Account of plague administration in the Bombay Presidency from September 1896 till May 1897
Year: 1896
Disease focus: Plague
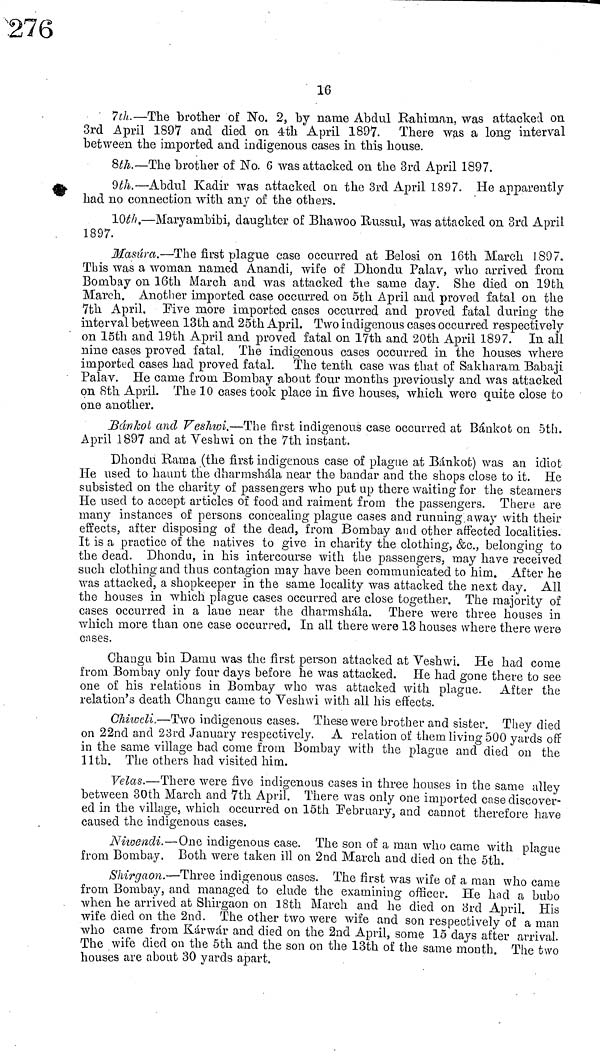
16
7th.—The brother of No. 2, by name Abdul Rahinian, was attacked on
3rd April 1897 and died on 4th April 1897.
There was a long interval
between the imported and indigenous cases in this house.
8th.—The brother of No. 6 was attacked on the 3rd April 1897.
9th.—Abdul Kadir was attacked on the 3rd April 1897. He apparently
had no connection with any of the others.
10th.—Maryambibi, daughter of Bhawoo Russul, was attacked on 3rd April
1897.
Masúra.—The first plague case occurred at Belosi on 16th March 1897.
This was a woman named Anandi, wife of Dhondu Palav, who arrived from
Bombay on 16th March and was attacked the same day. She died on 19th
March. Another imported case occurred on 5th April and proved fatal on the
7th April. Five more imported cases occurred and proved fatal during the
interval between 13th and 25th April. Two indigenous cases occurred respectively
on 15th and 19th April and proved fatal on 17th and 20th April 1897. In all
nine cases proved fatal. The indigenous cases occurred in the houses where
imported cases had proved fatal. The tenth case was that of Sakharani Babaji
Palav. He came from Bombay about four months previously and was attacked
on 8th April. The 10 cases took place in five houses, which were quite close to
one another.
Bánkot and Veshwi.—The first indigenous case occurred at Bánkofc on 5th.
April 1897 and at Veshwi on the 7th instant.
Dhondu Kama (the first indigenous case of plague at Bánkot) was an idiot
He used to haunt the dharmshála near the bandar and the shops close to it. He
subsisted on the charity of passengers who put up there waiting for the steamers
He used to accept articles of food and raiment from the passengers. There are
many instances of persons concealing plague cases and running, away with their
effects, after disposing of the dead, from Bombay and other affected localities.
It is a practice of the natives to give in charity the clothing, &c., belonging to
the dead. Dhondu, in his intercourse with the passengers, may have received
such clothing and thus contagion may have been communicated to him. After he
was attacked, a shopkeeper in the same locality was attacked the next day. All
the houses in which plague cases occurred are close together. The majority of
cases occurred in a lane near the dharmshála. There were three houses in
which more than one case occurred. In all there were 13 houses where there were
cases.
Changu bin Damn was the first person attacked at Veshwi. He had come
from Bombay only four days before he was attacked. He had gone there to see
one of his relations in Bombay who was attacked with plague. After the
relation's death Changu came to Veshwi with all his effects.
Chiiocli.—Two indigenous cases. These were brother and sister. They died
on 22nd and 23rd January respectively. A relation of them living 500 yards off
in the same village had come from Bombay with the plague and died on the
11th. The others had visited him.
Velas.—There were five indigenous cases in three houses in the same alley
between 30th March and 7th April. There was only one imported case discover-
ed in the village, which occurred on 15th February, and cannot therefore have
caused the indigenous cases.
Niwendi.—One indigenous case. The son of a man who came with plague
from Bombay. Both were taken ill on 2nd March and died on the 5th.
Shirgaon.—Three indigenous cases. The first was wife of a man who came
from Bombay, and managed to elude the examining officer. He had a bubo
when he arrived at Shirgaon on 18th March and he died on ¿3rd April. His
wife died on the 2nd. The other two were wife and son respectively of a man
who came from Kárwár and died on the 2nd April, some 15 days after arrival.
The wife died on the 5th and the son on the 13th of the same mouth. The two
houses are about 30 yards apart.